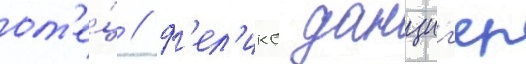
от'е́ц / ф'ел'икс данциг'ер